Plague in India, 1896, 1897 - Volume 2
Year: 1896
Disease focus: Plague
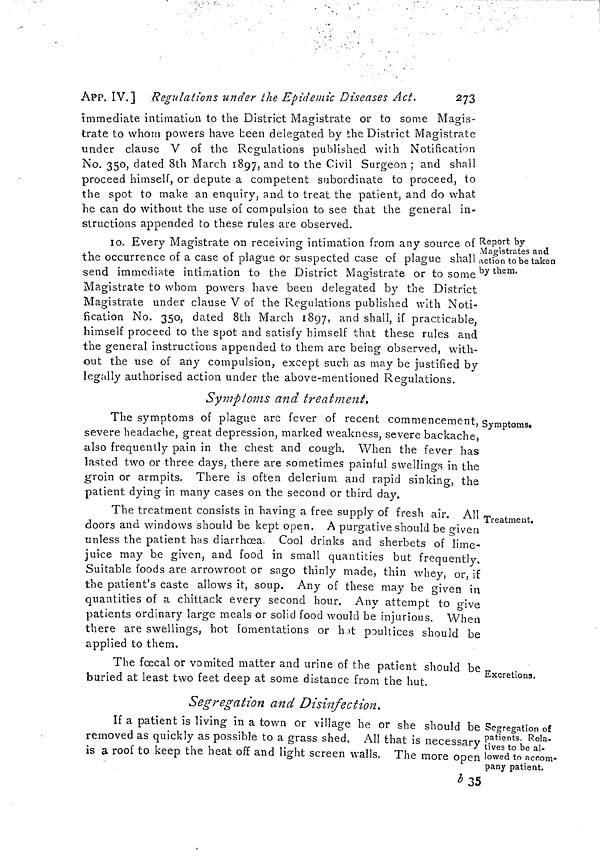
ÁPP. IV.] Regulations under the Epidemic Diseases Act,
273
immediate intimation to the District Magistrate or to some Magis-
trate to whom powers have been delegated by the District Magistrate
under clause V of the Regulations published with Notification
No. 350, dated 8th March 1897, and to the Civil Surgeon ; and shall
proceed himself, or depute a competent subordinate to proceed, to
the spot to make an enquiry, and to treat the patient, and do what
he can do without the use of compulsion to see that the general in-
structions appended to these rules are observed.
Report by
Magistrates and
action to be taken
by them.
io. Every Magistrate on receiving intimation from any source of
the occurrence of a case of plague or suspected case of plague shall ¡
send immediate intimation to the District Magistrate or to some
Magistrate to whom powers have been delegated by the District
Magistrate under clause V of the Regulations published with Noti-
fication No. 350, dated 8th March 1897, and shall, if practicable,
himself proceed to the spot and satisfy himself that these rules and
the general instructions appended to them are being observed, with-
out the use of any compulsion, except such as may be justified by
legally authorised action under the above-mentioned Regulations.
Symptoms and treatment.
Symptoms.
The symptoms of plague are fever of recent commencement,
severe headache, great depression, marked weakness, severe backache,
also frequently pain in the chest and cough. When the fever has
lasted two or three days, there are sometimes painful swellings in the
groin or armpits. There is often delerium and rapid sinking, the
patient dying in many cases on the second or third day.
Treatment.
The treatment consists in having a free supply of fresh air. All
doors and windows should be kept open. A purgative should be given
unless the patient has diarrhcea. Cool drinks and sherbets of lime-
juice may be given, and food in small quantities but frequently.
Suitable foods are arrowroot or sago thinly made, thin whey, or, if
the patient's caste allows it, soup. Any of these may be given in
quantities of a chittack every second hour. Any attempt to give
patients ordinary large meals or solid food would be injurious. When
there are swellings, hot fomentations or hot poultices should be
applied to them.
Excretions.
The foecal or vomited matter and urine of the patient should be
buried at least two feet deep at some distance from the hut.
Segregation and Disinfection.
Segregation of
patients. Rela-
tives to be al-
lowed to accom-
pany patient.
If a patient is living in a town or village he or she should be
removed as quickly as possible to a grass shed. All that is necessary
is a roof to keep the heat off and light screen walls. The more open
b 35